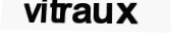
vitraux